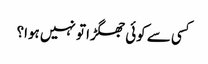
کسی سے کوئی جھگڑا تو نہیں ہوا؟